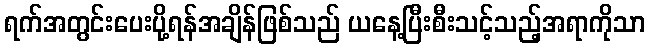
ရက်အတွင်းပေးပို့ရန်အချိန်ဖြစ်သည် ယနေ့ပြီးစီးသင့်သည့်အရာကိုသာ